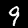
Label: 9